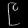
Digit: ၉